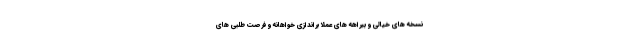
نسخه های خیالی و بیراهه های عملا براندازی خواهانه و فرصت طلبی های